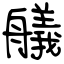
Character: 艤